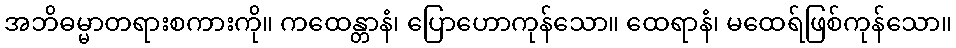
အဘိဓမ္မာတရားစကားကို။ ကထေန္တာနံ၊ ပြောဟောကုန်သော။ ထေရာနံ၊ မထေရ်ဖြစ်ကုန်သော။